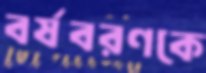
বর্ষবরণকে